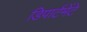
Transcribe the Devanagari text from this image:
डिपार्टमेंटे